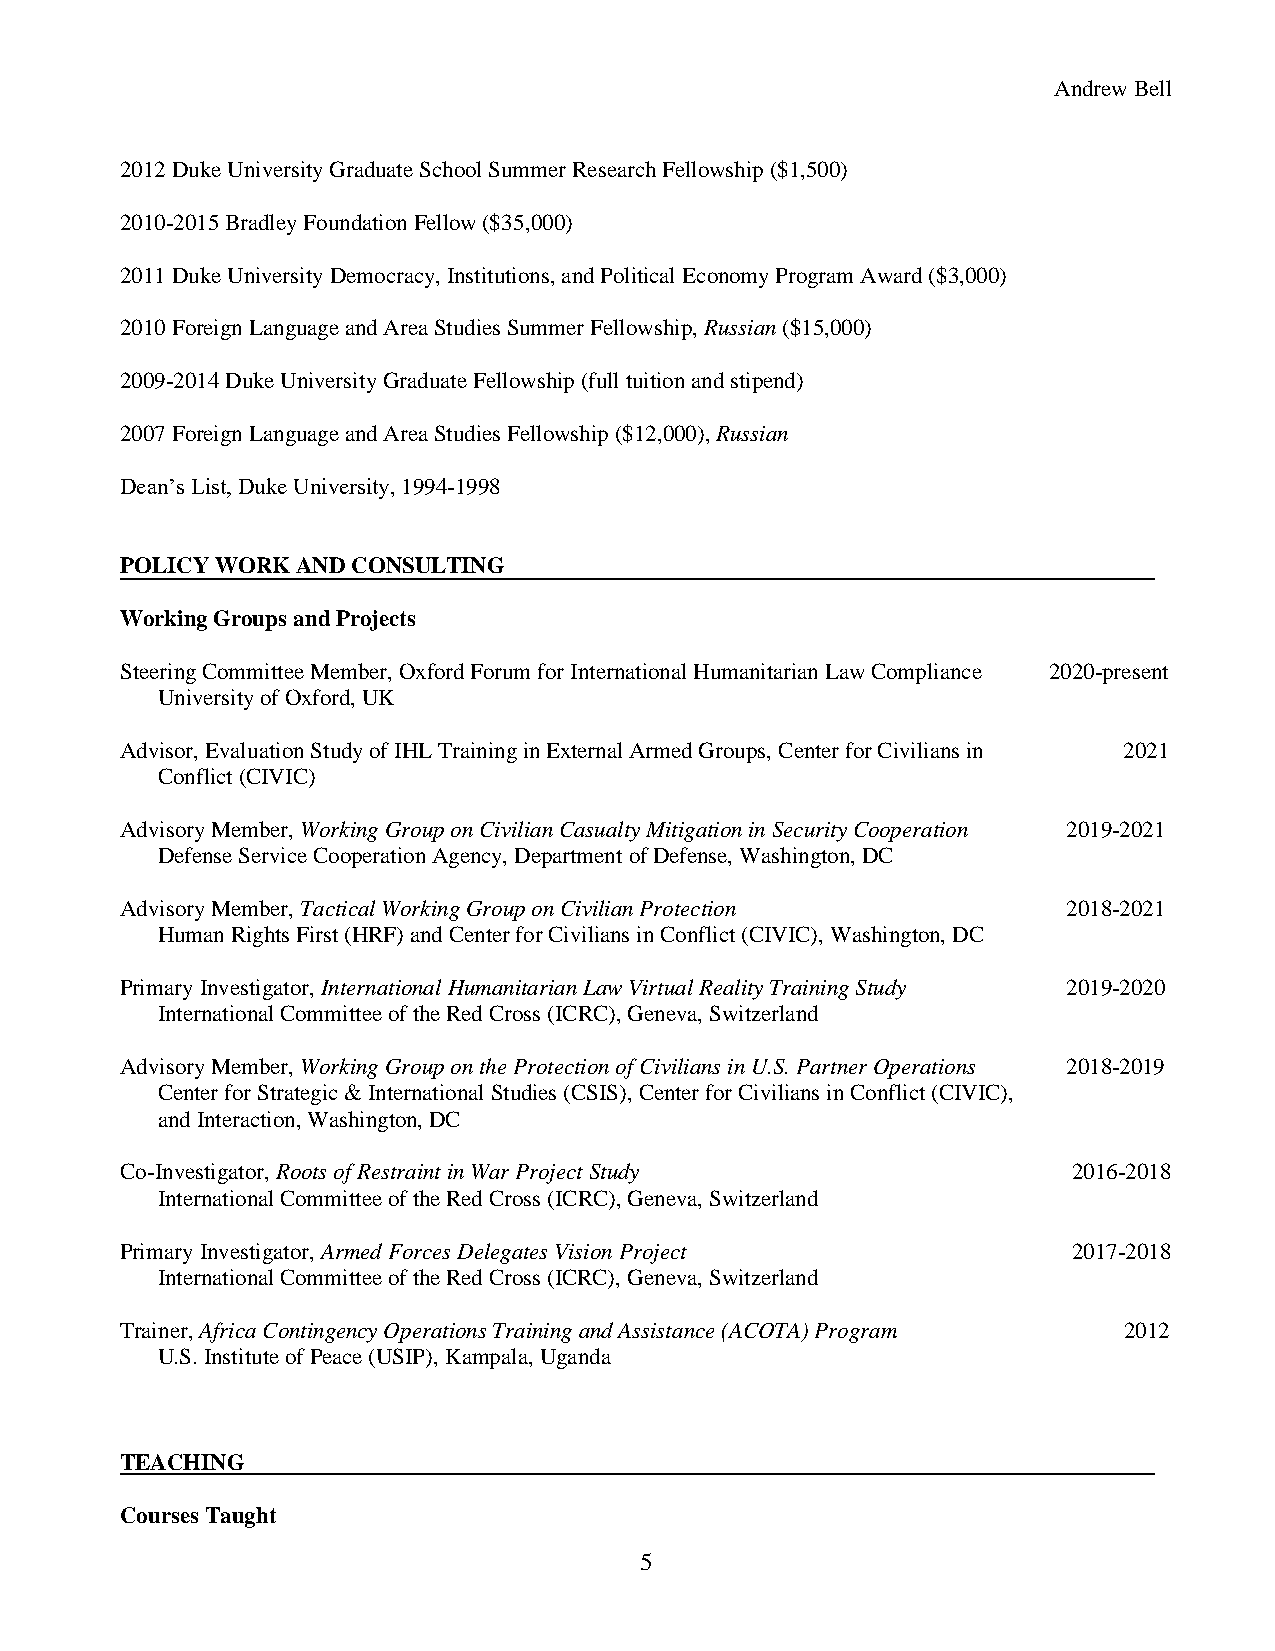
Andrew Bell
 2012 Duke University Graduate School Summer Research Fellowship ($1,500)
 2010-2015 Bradley Foundation Fellow ($35,000)
 2011 Duke University Democracy, Institutions, and Political Economy Program Award ($3,000)
 2010 Foreign Language and Area Studies Summer Fellowship, Russian ($15,000)
 2009-2014 Duke University Graduate Fellowship (full tuition and stipend)
 2007 Foreign Language and Area Studies Fellowship ($12,000), Russian
 Dean’s List, Duke University, 1994-1998
 POLICY WORK AND CONSULTING
 Working Groups and Projects
 Steering Committee Member, Oxford Forum for International Humanitarian Law Compliance 2020-present
 University of Oxford, UK
 Advisor, Evaluation Study of IHL Training in External Armed Groups, Center for Civilians in 2021
 Conflict (CIVIC)
 Advisory Member, Working Group on Civilian Casualty Mitigation in Security Cooperation 2019-2021
 Defense Service Cooperation Agency, Department of Defense, Washington, DC
 Advisory Member, Tactical Working Group on Civilian Protection 2018-2021
 Human Rights First (HRF) and Center for Civilians in Conflict (CIVIC), Washington, DC
 Primary Investigator, International Humanitarian Law Virtual Reality Training Study 2019-2020
 International Committee of the Red Cross (ICRC), Geneva, Switzerland
 Advisory Member, Working Group on the Protection of Civilians in U.S. Partner Operations 2018-2019
 Center for Strategic & International Studies (CSIS), Center for Civilians in Conflict (CIVIC),
 and Interaction, Washington, DC
 Co-Investigator, Roots of Restraint in War Project Study       2016-2018
 International Committee of the Red Cross (ICRC), Geneva, Switzerland
 Primary Investigator, Armed Forces Delegates Vision Project    2017-2018
 International Committee of the Red Cross (ICRC), Geneva, Switzerland
 Trainer, Africa Contingency Operations Training and Assistance (ACOTA) Program 2012
 U.S. Institute of Peace (USIP), Kampala, Uganda
 TEACHING
 Courses Taught
 5